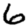
Digit: 6